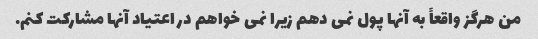
من هرگز واقعاً به آنها پول نمی دهم زیرا نمی خواهم در اعتیاد آنها مشارکت کنم.